Jaan_Tonisson_(Lasteleht), lk 487
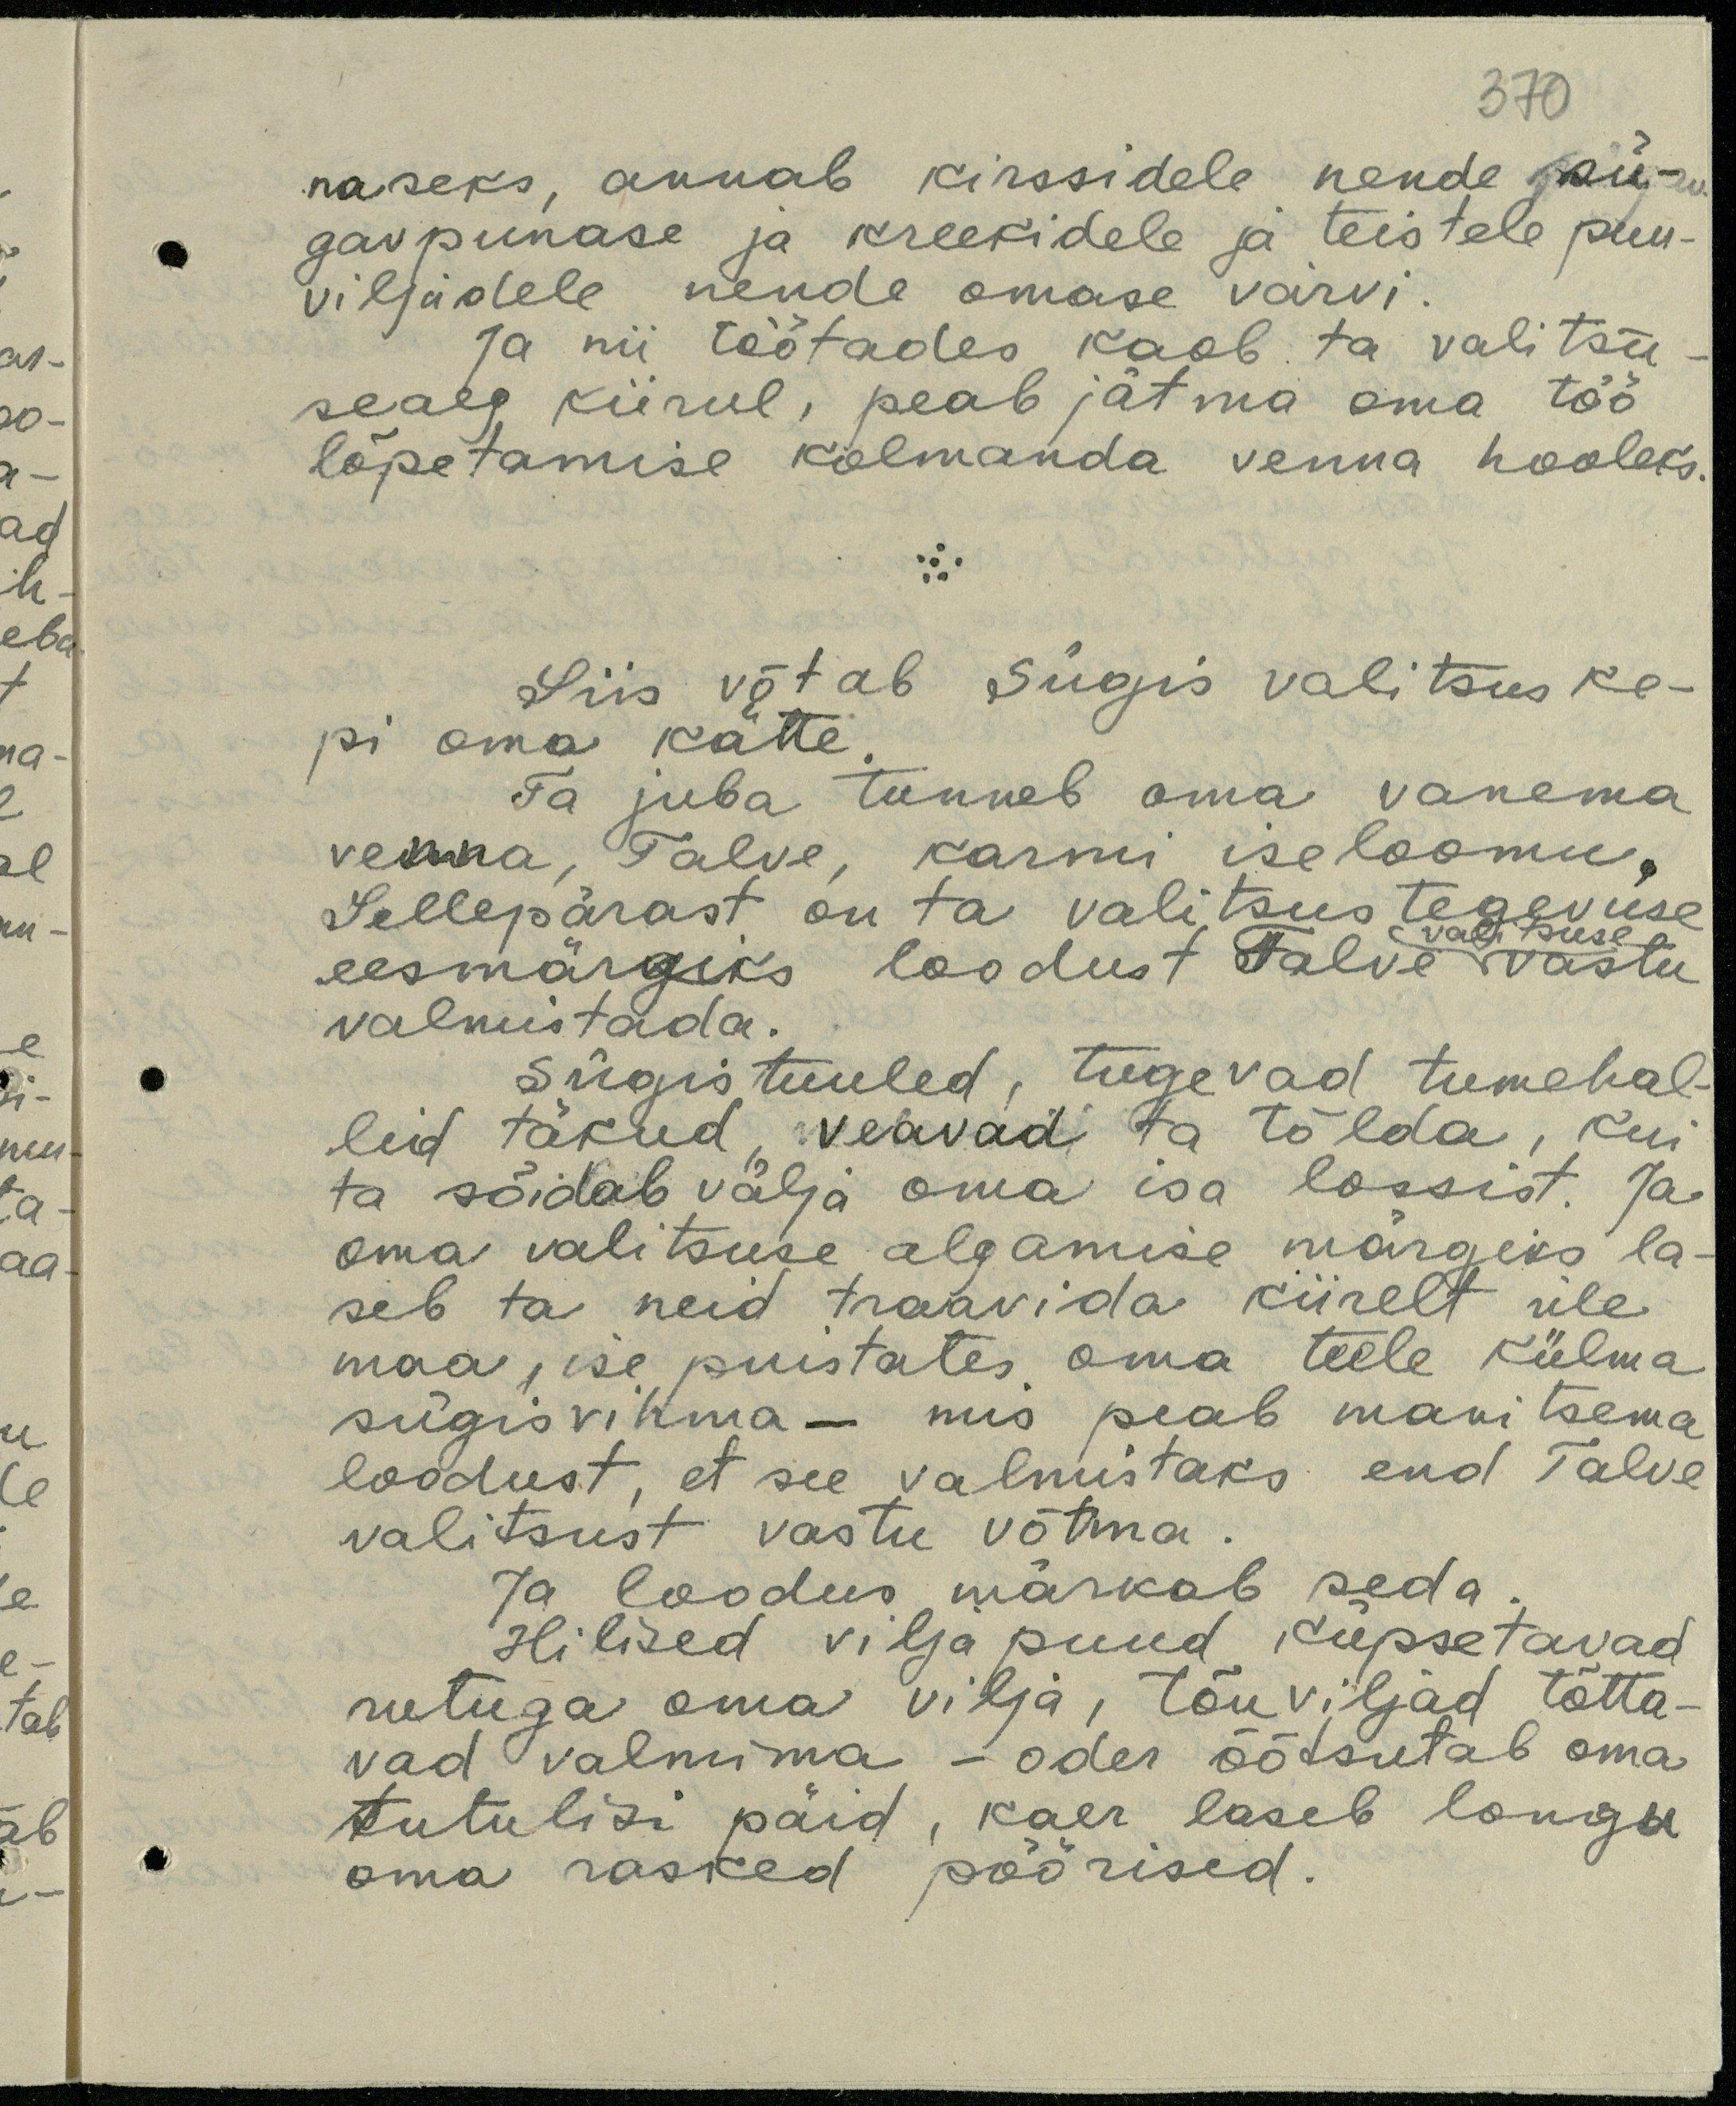
370

naseks, annab kirssidele nende sü-
gavpunase ja kreekidele ja teistele puu-
viljadele nende omase värvi.
Ja nii töötades kaob ta valitsu-
seaeg kiirul, peab jätma oma töö
lõpetamise kolmanda venna hooleks.
Siis võtab Sügis valitsus ke-
pi oma kätte
Ta juba tunneb oma vanema
venna, Talve, karmi iseloomu,
Sellepärast on ta valitsus tegevuse
valitsuse
eesmärgiks loodust Talve vastu
valmistada.
Sügistuuled, tugevad tumehal-
lid täkud, veavad ta tõlda, kui
ta sõidab välja oma isa lossist. Ja
oma valitsuse algamise märgiks la-
seb ta neid traavida kiirelt üle
maa, ise puistates oma teele külma
sügisvihma - mis peab manitsema
loodust, et see valmistaks end Talve
valitsust vastu võtma.
Ja loodus märkab seda
Hilised viljapuud küpsetavad.
rutuga oma vilja, tõuviljad tõtta-
vad valmima - oder õõtsutab oma
tutulisi päid, kaer laseb longu
oma rasked pöörised.